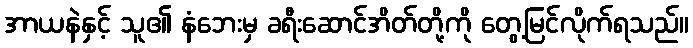
အာယနဲနှင့် သူ၏ နံဘေးမှ ခရီးဆောင်အိတ်တို့ကို တွေ့မြင်လိုက်ရသည်။